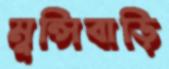
মুন্সিবাড়ি